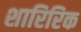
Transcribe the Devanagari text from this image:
शारिरिक